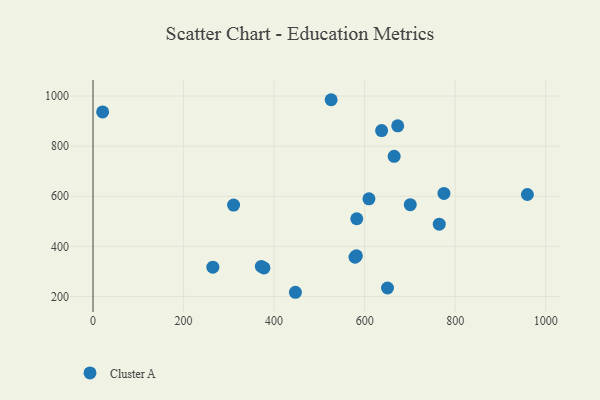
{"axis": {"x": "Distance", "y": "Profit"}, "legend": ["Cluster A"], "data": [{"x": "764.8", "y": 488.5, "type": "Cluster A"}, {"x": "673.1", "y": 881.2, "type": "Cluster A"}, {"x": "959.5", "y": 606.9, "type": "Cluster A"}, {"x": "665.2", "y": 759.2, "type": "Cluster A"}, {"x": "637.5", "y": 862.2, "type": "Cluster A"}, {"x": "447.1", "y": 216.7, "type": "Cluster A"}, {"x": "609.5", "y": 589.8, "type": "Cluster A"}, {"x": "581.8", "y": 362.1, "type": "Cluster A"}, {"x": "310.5", "y": 564.6, "type": "Cluster A"}, {"x": "582.6", "y": 510.2, "type": "Cluster A"}, {"x": "264.7", "y": 316.8, "type": "Cluster A"}, {"x": "578.8", "y": 356.6, "type": "Cluster A"}, {"x": "700.8", "y": 566.4, "type": "Cluster A"}, {"x": "526.0", "y": 985.2, "type": "Cluster A"}, {"x": "21.2", "y": 936.7, "type": "Cluster A"}, {"x": "650.5", "y": 233.7, "type": "Cluster A"}, {"x": "377.6", "y": 313.7, "type": "Cluster A"}, {"x": "371.8", "y": 319.9, "type": "Cluster A"}, {"x": "775.2", "y": 611.1, "type": "Cluster A"}]}